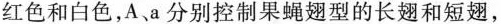
红色和白色，A、a分别控制果蝇翅型的长翅和短翅，